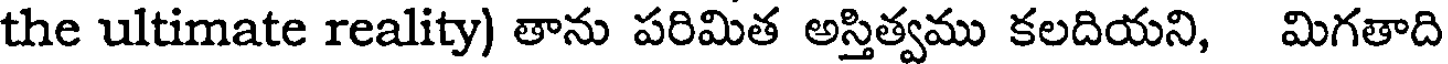
the ultimate reality) తాను పరిమిత అస్తిత్వము కలదియని, మిగతాది